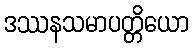
ဒဿနသမာပတ္တိယော